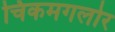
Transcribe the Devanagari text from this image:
चिकमगलोर